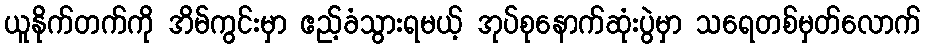
ယူနိုက်တက်ကို အိမ်ကွင်းမှာ ဧည့်ခံသွားရမယ့် အုပ်စုနောက်ဆုံးပွဲမှာ သရေတစ်မှတ်လောက်